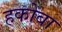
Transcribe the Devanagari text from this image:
हकोबा